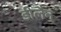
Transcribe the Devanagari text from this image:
डीलैन